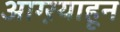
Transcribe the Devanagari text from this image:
आग्ऱयाहून